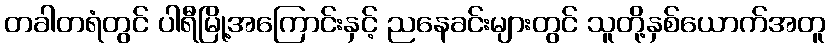
တခါတရံတွင် ပါရီမြို့အကြောင်းနှင့် ညနေခင်းများတွင် သူတို့နှစ်ယောက်အတူ